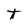
Character: t